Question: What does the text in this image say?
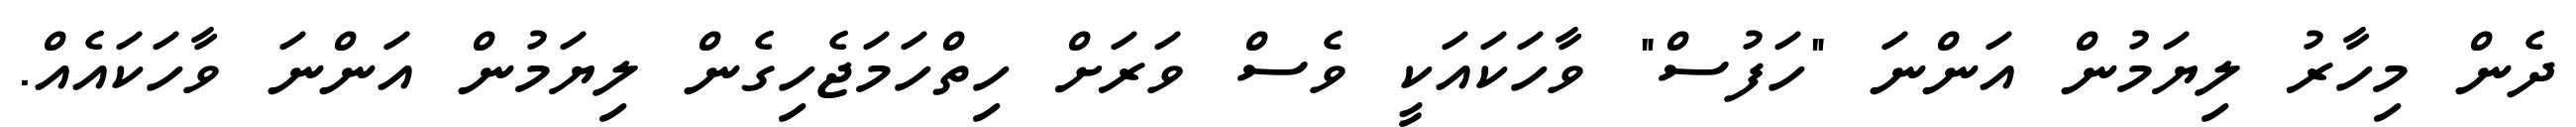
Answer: ދެން މިހާރު ލިޔަމުން އަންނަ "ހަފުސް" ވާހަކައަކީ ވެސް ވަރަށް ހިތްހަމަޖެހިގެން ލިޔަމުން އަންނަ ވާހަކައެއް.